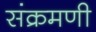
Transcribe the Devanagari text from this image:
संक्रमणी